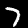
Label: 7